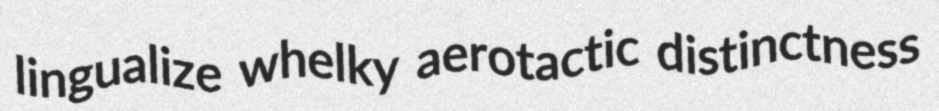
lingualize whelky aerotactic distinctness